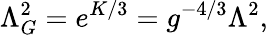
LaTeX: \Lambda_{G}^{2}=e^{K/3}=g^{-4/3}\Lambda^{2},